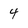
Character: 4